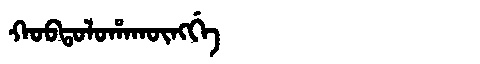
Manchu: ᡴᠣᠪᡨᠣᠯᠣᡥᠠᡴᡡᠩᡤᡝ
Romanization: KOBTOLOHAKŪNGGE